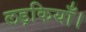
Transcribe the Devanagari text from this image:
लड़कियाँ।